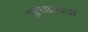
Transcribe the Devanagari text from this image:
सत्यासाठीं